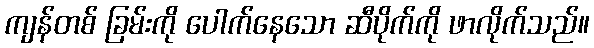
ကျန်တစ် ခြမ်းကို ပေါက်နေသော ဆီပိုက်ကို ဖာလိုက်သည်။